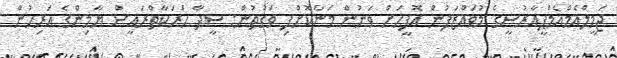
ޖަމީލްއެމްއެމްޕީއާރުސީގެ މުވައްޒަފުން އޮފީހަށް ވަނުން މަނާކޮށްފި ވަގުތުން: ސީދާ ހަރަކާތްރައީސް ޔާމިންގެ އަރިހުން